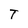
Character: T